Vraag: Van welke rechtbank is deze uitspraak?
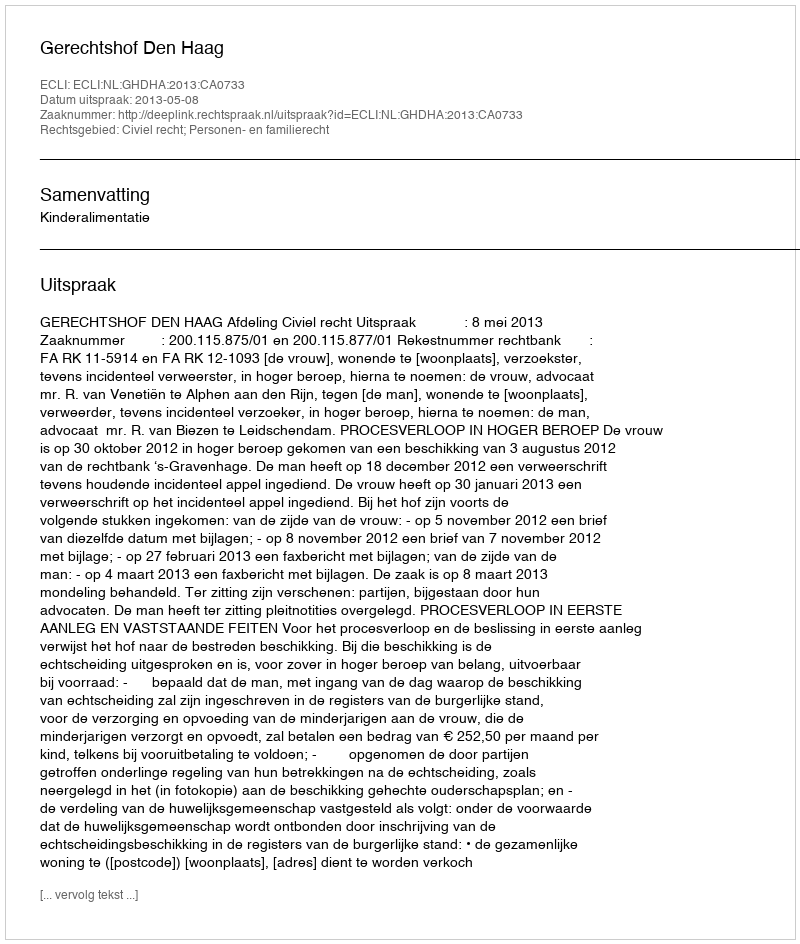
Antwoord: Gerechtshof Den Haag